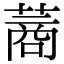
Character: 蔏